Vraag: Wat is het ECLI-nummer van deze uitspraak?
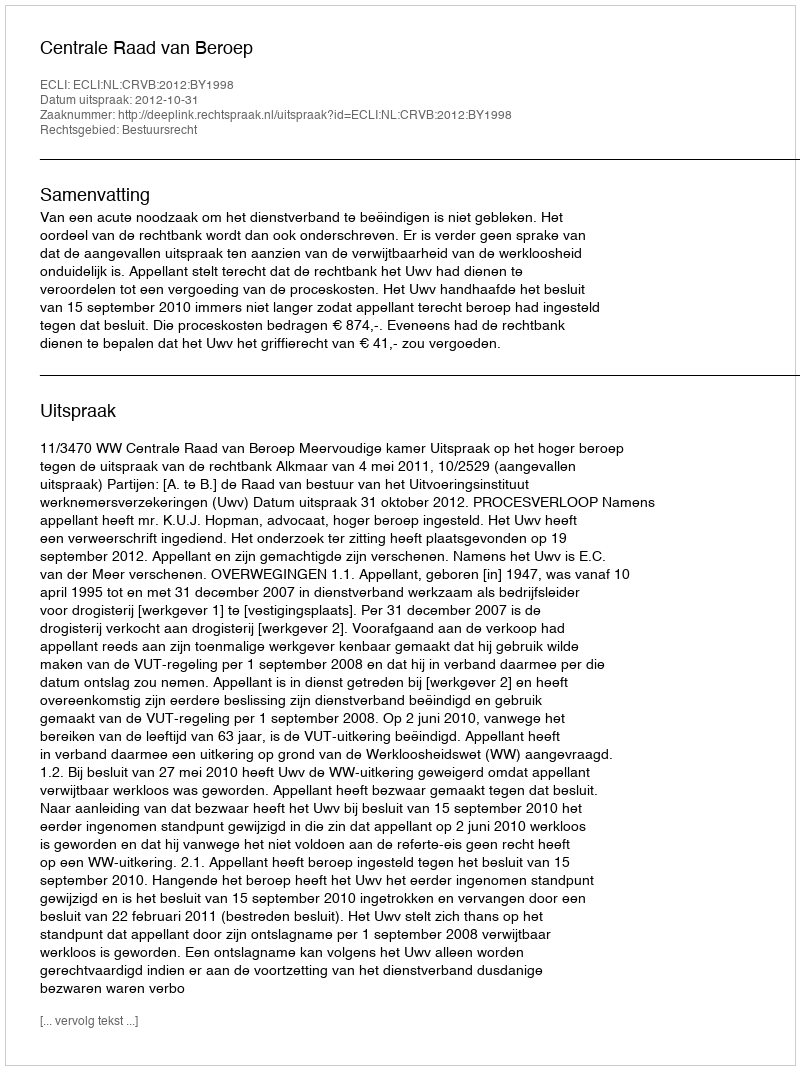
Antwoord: ECLI:NL:CRVB:2012:BY1998